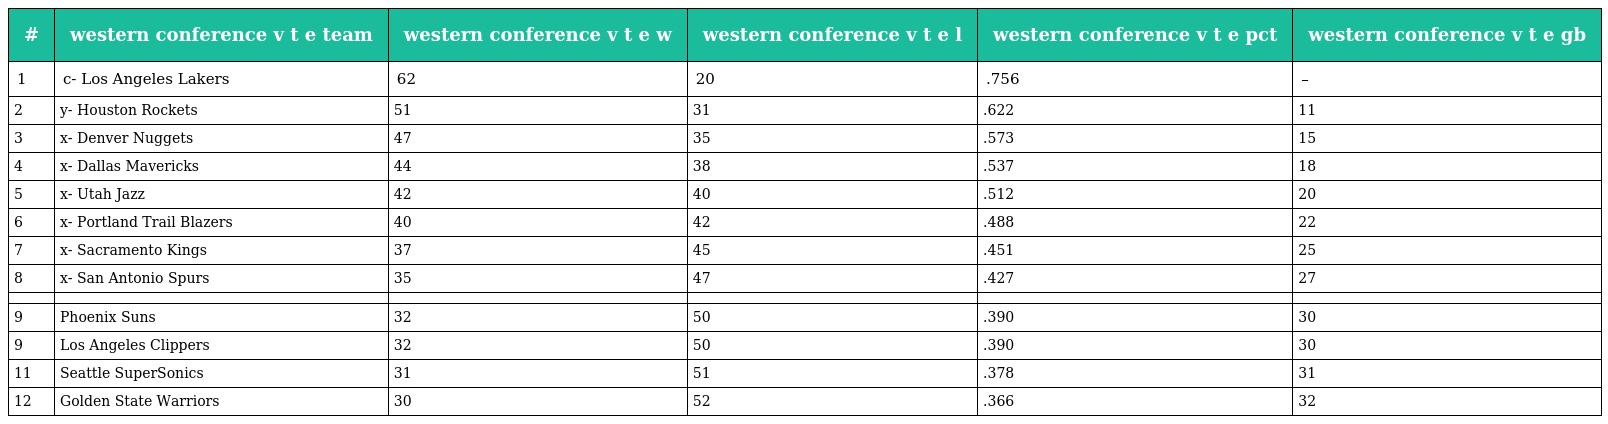
| # | western conference v t e team | western conference v t e w | western conference v t e l | western conference v t e pct | western conference v t e gb |
 | --- | --- | --- | --- | --- | --- |
 | 1 | c- Los Angeles Lakers | 62 | 20 | .756 | – |
 | 2 | y- Houston Rockets | 51 | 31 | .622 | 11 |
 | 3 | x- Denver Nuggets | 47 | 35 | .573 | 15 |
 | 4 | x- Dallas Mavericks | 44 | 38 | .537 | 18 |
 | 5 | x- Utah Jazz | 42 | 40 | .512 | 20 |
 | 6 | x- Portland Trail Blazers | 40 | 42 | .488 | 22 |
 | 7 | x- Sacramento Kings | 37 | 45 | .451 | 25 |
 | 8 | x- San Antonio Spurs | 35 | 47 | .427 | 27 |
 |  |  |  |  |  |  |
 | 9 | Phoenix Suns | 32 | 50 | .390 | 30 |
 | 9 | Los Angeles Clippers | 32 | 50 | .390 | 30 |
 | 11 | Seattle SuperSonics | 31 | 51 | .378 | 31 |
 | 12 | Golden State Warriors | 30 | 52 | .366 | 32 |